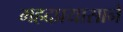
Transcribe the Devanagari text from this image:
महदप्रयासाने